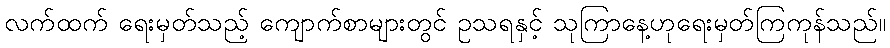
လက်ထက် ရေးမှတ်သည့် ကျောက်စာများတွင် ဥသရနှင့် သုကြာနေ့ဟုရေးမှတ်ကြကုန်သည်။